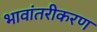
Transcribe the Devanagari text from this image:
भावांतरीकरण